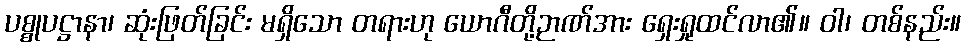
ပစ္စုပဋ္ဌာနာ၊ ဆုံးဖြတ်ခြင်း မရှိသော တရားဟု ယောဂီတို့ဉာဏ်အား ရှေးရှုထင်လာ၏။ ဝါ၊ တစ်နည်း။